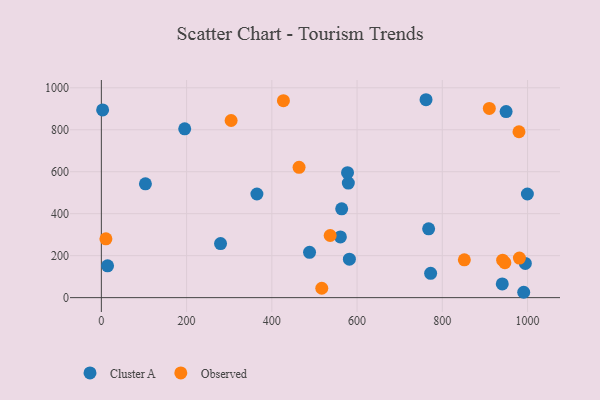
{"axis": {"x": "Investment", "y": "Sales"}, "legend": ["Cluster A", "Observed"], "data": [{"x": "767.9", "y": 327.9, "type": "Cluster A"}, {"x": "560.9", "y": 289.2, "type": "Cluster A"}, {"x": "772.6", "y": 115.6, "type": "Cluster A"}, {"x": "14.6", "y": 151.6, "type": "Cluster A"}, {"x": "103.4", "y": 542.6, "type": "Cluster A"}, {"x": "994.8", "y": 163.2, "type": "Cluster A"}, {"x": "365.0", "y": 493.8, "type": "Cluster A"}, {"x": "761.8", "y": 943.2, "type": "Cluster A"}, {"x": "579.5", "y": 546.0, "type": "Cluster A"}, {"x": "999.6", "y": 493.9, "type": "Cluster A"}, {"x": "3.0", "y": 894.6, "type": "Cluster A"}, {"x": "577.6", "y": 595.6, "type": "Cluster A"}, {"x": "279.7", "y": 257.8, "type": "Cluster A"}, {"x": "582.0", "y": 183.4, "type": "Cluster A"}, {"x": "195.6", "y": 804.6, "type": "Cluster A"}, {"x": "563.9", "y": 423.4, "type": "Cluster A"}, {"x": "991.0", "y": 25.5, "type": "Cluster A"}, {"x": "488.5", "y": 215.7, "type": "Cluster A"}, {"x": "940.7", "y": 65.5, "type": "Cluster A"}, {"x": "949.7", "y": 886.6, "type": "Cluster A"}, {"x": "517.2", "y": 44.6, "type": "Observed"}, {"x": "946.8", "y": 166.7, "type": "Observed"}, {"x": "941.6", "y": 178.6, "type": "Observed"}, {"x": "979.9", "y": 790.6, "type": "Observed"}, {"x": "463.9", "y": 620.8, "type": "Observed"}, {"x": "536.9", "y": 296.0, "type": "Observed"}, {"x": "427.2", "y": 938.5, "type": "Observed"}, {"x": "910.3", "y": 901.9, "type": "Observed"}, {"x": "851.7", "y": 180.2, "type": "Observed"}, {"x": "10.7", "y": 280.4, "type": "Observed"}, {"x": "304.5", "y": 844.1, "type": "Observed"}, {"x": "980.9", "y": 188.6, "type": "Observed"}]}